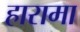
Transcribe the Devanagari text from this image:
हारामा